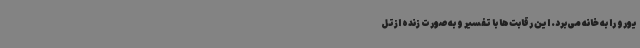
یورو را به خانه می‌برد. این رقابت‌ها با تفسیر و به‌صورت زنده ازتل